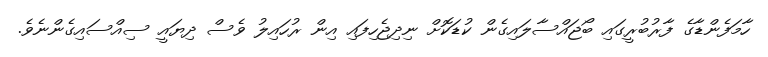
ހާމަފެންޑާގެ ފާރުބުރީގައި ބޯޖައްސާލައިގެން ކުޑަކޮށް ނިދިޖެހިފައި އިން ރުހައިލު ވެސް ދިޔައީ ސިއްސައިގެންނެވެ.